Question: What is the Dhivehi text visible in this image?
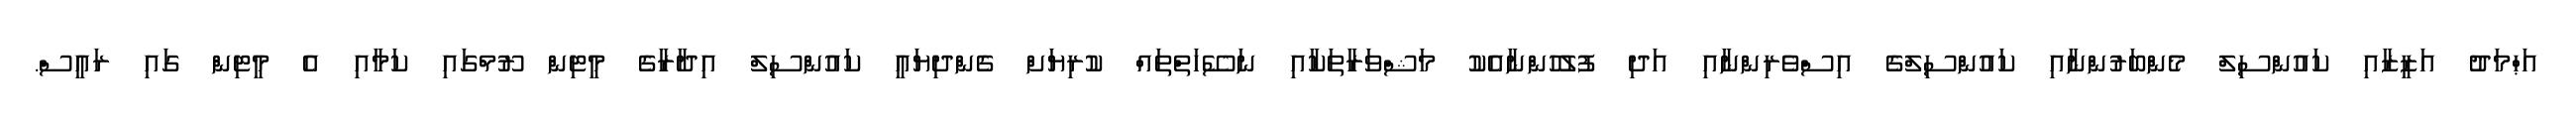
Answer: އަޙްމަދު އަޒީޒާއި ކައުންސިލް މެންބަރުންނާއި ކައުންސިލްގެ އިސްވެރިންނާއި އަދި ފުލުހުންނާއެކު މަޝްވަރާތަކާއި ނަސޭހަތްތައް ކުރިޔަށް ގެންދިޔައީ ކައުންސިލް އިދާރާގެ މީޓިން ރޫމްގައި ކަމާއި އެ މީޓިން ގައި ރައީސް.